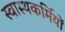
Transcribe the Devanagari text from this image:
स्वास्थकर्मियों